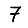
Digit: 7